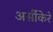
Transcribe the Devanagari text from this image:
अर्सीकेरे